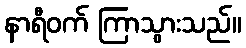
နာရီဝက် ကြာသွားသည်။